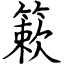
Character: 簌